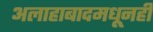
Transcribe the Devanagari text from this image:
अलाहाबादमधूनही